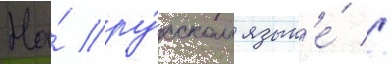
На́ ру́сском язык'е́ //